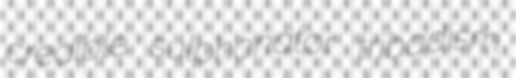
credible sulphonator tribadism